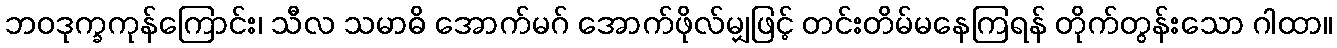
ဘဝဒုက္ခကုန်ကြောင်း၊ သီလ သမာဓိ အောက်မဂ် အောက်ဖိုလ်မျှဖြင့် တင်းတိမ်မနေကြရန် တိုက်တွန်းသော ဂါထာ။